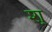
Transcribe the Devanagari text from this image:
श्‌